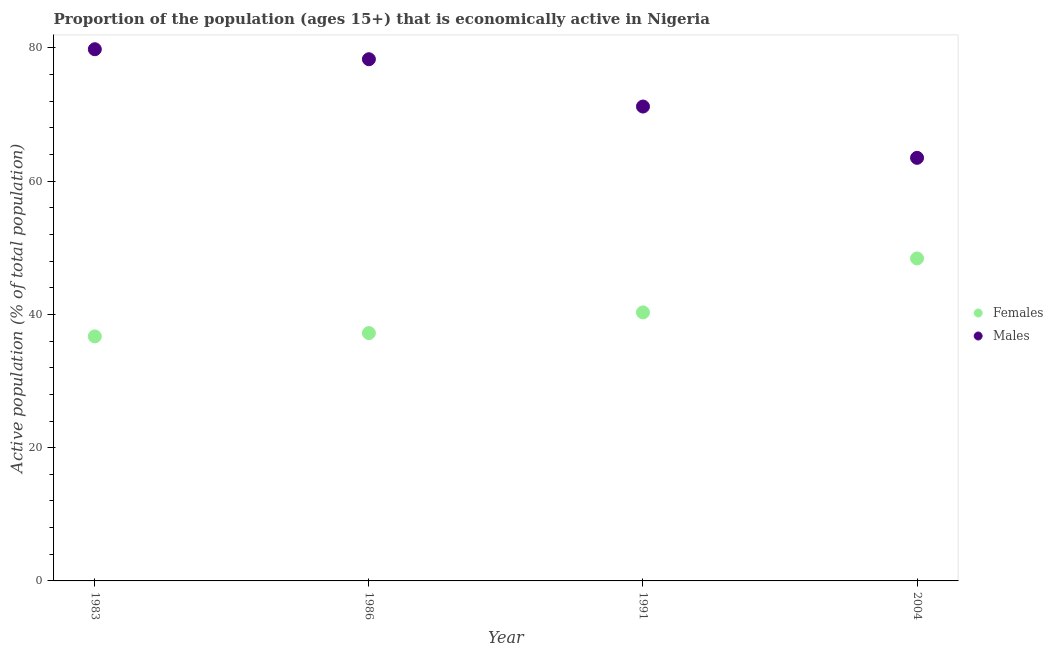
| Year | Females | Males |
 | --- | --- | --- |
 | 1983 | 36.7 | 79.8 |
 | 1986 | 37.2 | 78.3 |
 | 1991 | 40.3 | 71.2 |
 | 2004 | 48.4 | 63.5 |